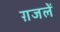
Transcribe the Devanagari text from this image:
ग़जलें